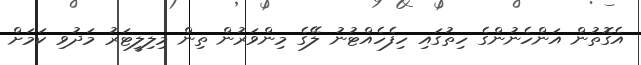
އެގޮތުން އަންހެނުންގެ ހިތުގައި ހިފެހެއްޓުނު ލޭގެ މިންވަރުން ތިން މިލިލީޓަރު މަދުވި ކަމަށް